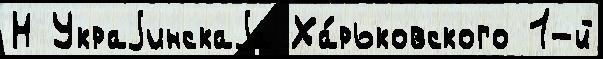
Н Украjинскаjа Ха́рьковского 1-й